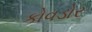
કોવડોર